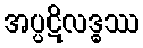
အပ္ပဋိလဒ္ဓဿ